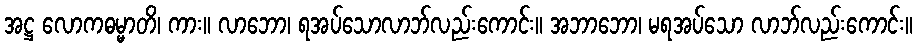
အဋ္ဌ လောကဓမ္မာတိ၊ ကား။ လာဘော၊ ရအပ်သောလာဘ်လည်းကောင်း။ အဘာဘော၊ မရအပ်သော လာဘ်လည်းကောင်း။